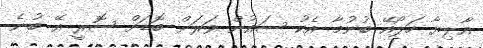
އާލިޔާ ހަލޯއޭ ބުނުމާ އެކު ސައުން ވަރަށް ބޮޑަށް ސޮރީ އޭ ބުނެ